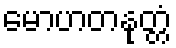
မောဟတနုတ္တံ